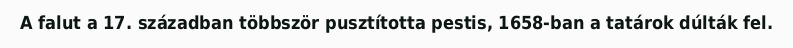
A falut a 17. században többször pusztította pestis, 1658-ban a tatárok dúlták fel.